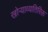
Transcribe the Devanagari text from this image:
खोऱ्याव्यतिरिक्त